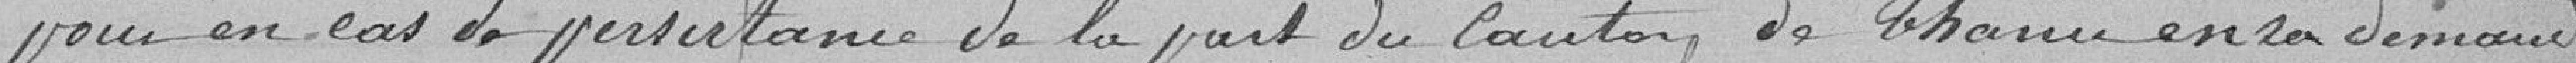
pour en cas de persistance de la part du canton de Thann en sa demande,